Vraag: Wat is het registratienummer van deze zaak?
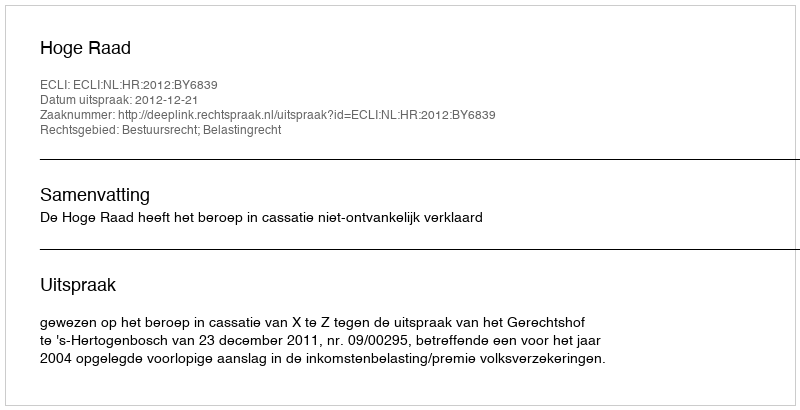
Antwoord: http://deeplink.rechtspraak.nl/uitspraak?id=ECLI:NL:HR:2012:BY6839